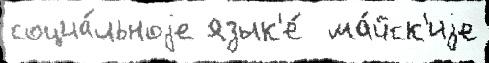
социа́льноjе язык'е́  ма́йск'иjе